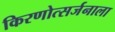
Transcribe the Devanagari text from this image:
किरणोत्सर्जनाला